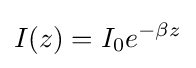
I(z)=I_{0}e^{-\beta z}